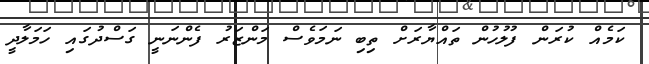
ކަމެއް ކުރަން ފުލުހުން ތައްޔާރަށް ތިބި ނަމަވެސް މަންޒަރު ފެންނަނީ ގަސްދުގައި ހަމަލާދީ